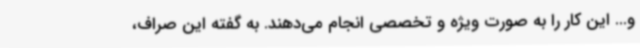
و... این کار را به صورت ویژه و تخصصی انجام می‌دهند. به گفته این صراف،